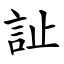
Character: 訨